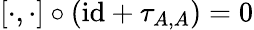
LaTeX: [\cdot,\cdot]\circ({\operatorname{id}}+\tau_{A,A})=0